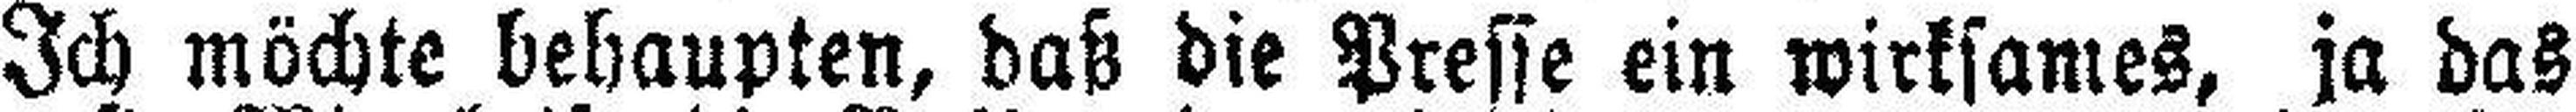
Ich möchte behaupten, daß die Presse ein wirksames, ja das